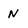
Character: N